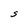
Character: S